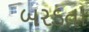
બરડતા